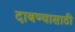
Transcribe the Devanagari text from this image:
दाबण्यासाठी